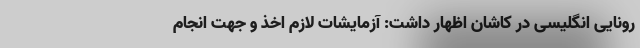
رونایی انگلیسی در کاشان اظهار داشت: آزمایشات لازم اخذ و جهت انجام